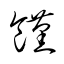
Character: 饉